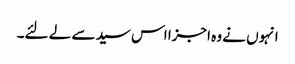
انہوں نے وہ اجزا اس سید سے لے لئے۔